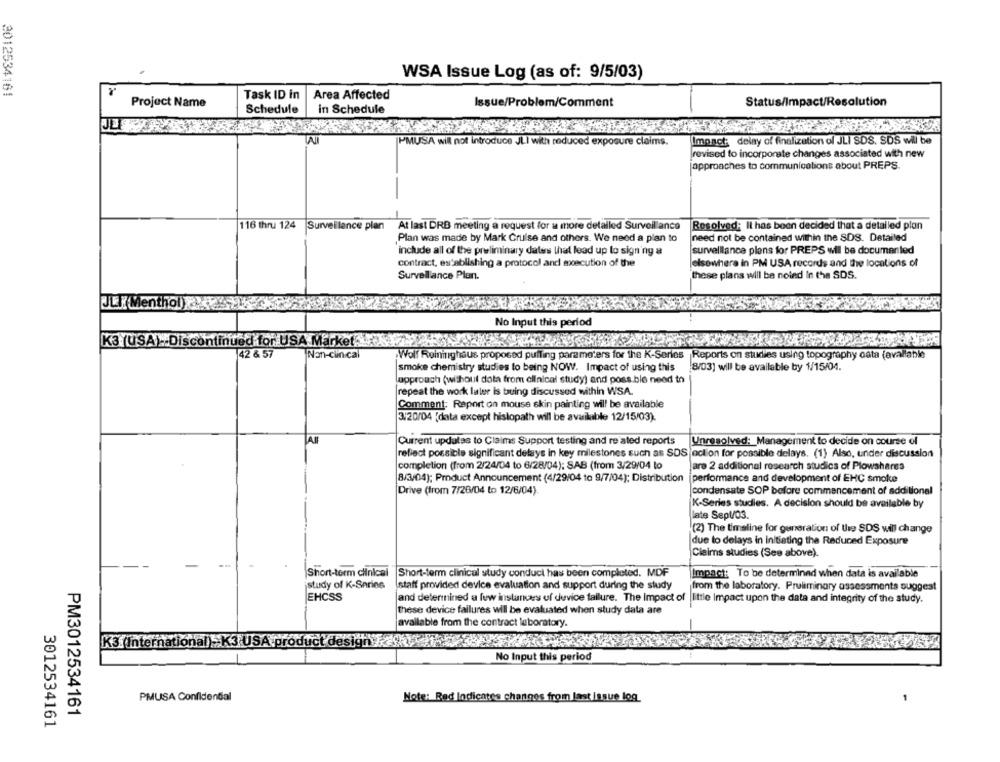
WSA Issue Log (as of: 9/5/03)
3012534161
Task ID in
Area Affected
Project Name
Issue/Problem/Comment
Status/Impact/Resolution
Schedule
in Schedule
TAU
PMUSA will not introduce JLI with reduced exposure claims.
Impact: delay of finalization of JLI SDS. SDS will be
revised to incorporate changes associated with new
approaches to communications about PREPS.
116 thru 124
At last DRB meeting a request for a more detailed Surveilance Resolved; It has been decided that a detailed plan
Plan was made by Mark Cruise and others. We need a plan to
need not be contained within the SDS. Detailed
include all of the preliminary dates that lead up to signing a
surveillance plans for PREPS wil be documented
contract, establishing a protocol and execution of the
elsewhere in PM USA records and the locations of
Surveillance Plan.
these plans will be noted In the SDS.
J& K Menthol) 2
No Input this period
K3 (USA).D
iscontinued for USA Market ... NWZ
42 & 57
Non-ciin cal
Wolf Roininghaus proposed puffing parameters for the K-Series Reports on studies using topography cata (available
8/03) will be available by 1/15/04.
smoke chemistry studies to being NOW. Impact of using this
lapproach (without dota from clinical study) and poss.ble need to
|repeat the work laler is buing discussed within WSA.
Comment: Report on mouse skin painting will be available
3/20/04 [data except hislopath will be available 12/15/03).
Current updates to Claims Support testing and re ated reports
Unresolved: Management to decide on course of
reflect possible significant delays in key milestones such as SDS action for possible delays. (1) Also, under discussion
completion (from 2/24/04 to 6/28/04); SAB (from 3/29/04 to
are 2 additional research studics of Plowshares
8/3/04); Product Announcement (4/29/04 to 9/7/04); Distribution
performance and development of EHC smoke
Drive (from 7/26/04 to 12/6/04)
condensate SOP before commencement of additional
K-Series studies. A decision should be available by
late Sept/03.
(2) The timeline for generation of the SDS will change
due to delays in initiating the Reduced Exposure
Claims studies (See above).
Short-term clinical
Short-term clinical study conduct has been completed. MDF
Impact: To be determined when data is available
study of K-Series
staff provided device evaluation and support during the study
from the laboratory. Preliminary assessments suggest
EHCSS
and determined a few instances of device failure. The Impact of |little Impact upon the data and integrity of the study.
these device failures will be evaluated when study data are
available from the contract laboratory.
K3(International)- K3 USA product design .dk
No Input this period
PMUSA Confidential
Note: Rad Indicates changes from last Issue log
3012534161
PM3012534161